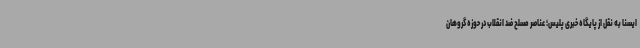
ایسنا به نقل از پایگاه خبری پلیس؛ عناصر مسلح ضد انقلاب در حوزه گروهان